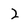
Character: 2